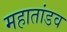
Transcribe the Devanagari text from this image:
महातांडव